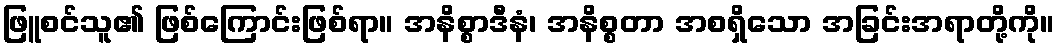
ဖြူစင်သူ၏ ဖြစ်ကြောင်းဖြစ်ရာ။ အနိစ္စာဒီနံ၊ အနိစ္စတာ အစရှိသော အခြင်းအရာတို့ကို။